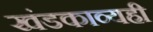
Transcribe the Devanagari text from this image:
खंडकाव्यही